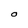
Character: O